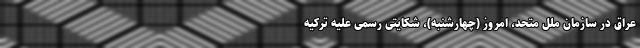
عراق در سازمان ملل متحد، امروز (چهارشنبه)، شکایتی رسمی علیه ترکیه